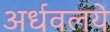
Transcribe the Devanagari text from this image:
अर्धवलये